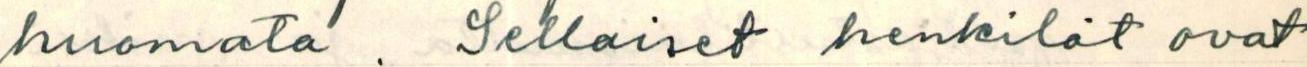
huomata. Sellaiset henkilöt ovat